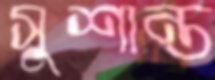
সুশান্ত